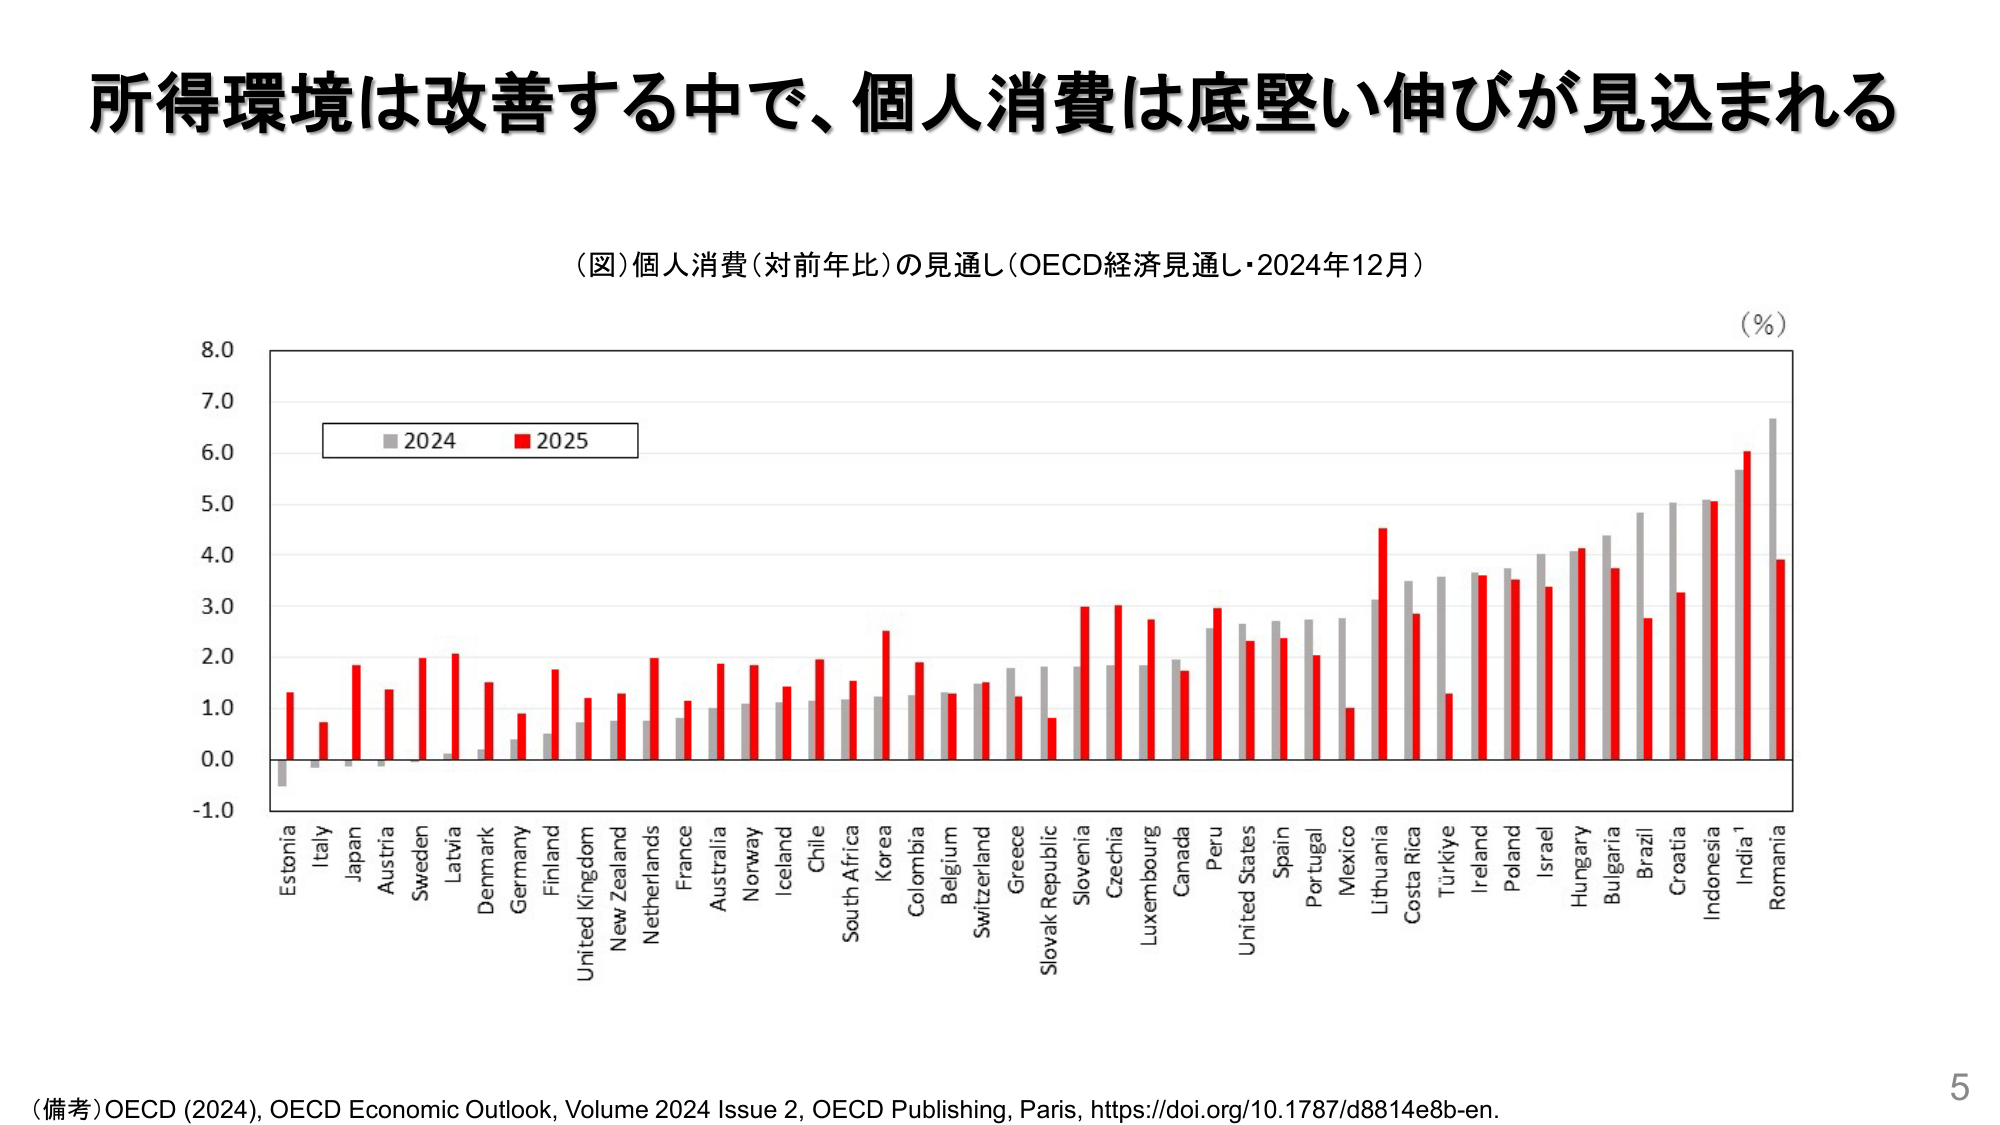
所得環境は改善する中で、個人消費は底堅い伸びが見込まれる

（図）個人消費（対前年比）の見通し（OECD経済見通し・2024年12月）

（％）

■ 2024
■ 2025

Estonia
Italy
Japan
Austria
Sweden
Latvia
Denmark
Germany
Finland
United Kingdom
New Zealand
Netherlands
France
Australia
Norway
Iceland
Chile
South Africa
Korea
Colombia
Belgium
Switzerland
Greece
Slovak Republic
Slovenia
Czechia
Luxembourg
Canada
Peru
United States
Spain
Portugal
Mexico
Lithuania
Costa Rica
Türkiye
Ireland
Poland
Israel
Hungary
Bulgaria
Brazil
Croatia
Indonesia
India¹
Romania

（備考）OECD (2024), OECD Economic Outlook, Volume 2024 Issue 2, OECD Publishing, Paris, https://doi.org/10.1787/d8814e8b-en.

5